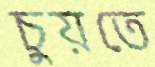
চুয়তে